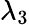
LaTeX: \lambda_{3}